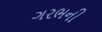
ગરભની